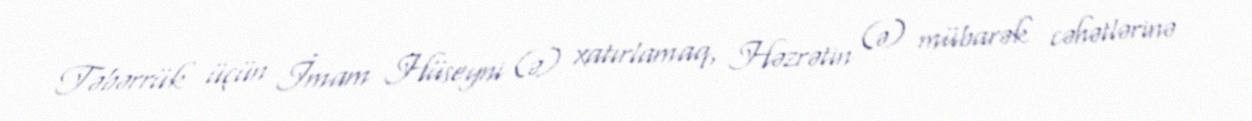
Təbərrük üçün İmam Hüseyni (ə) xatırlamaq, Həzrətin (ə) mübarək cəhətlərinə